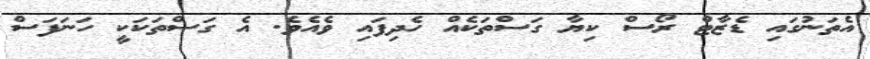
އެތަނުގައި ޑެޒާޓް ރޯސް ކިޔާ ގަސްތަކެއް ހެދިފައި ވެއެވެ. އެ ގަސްތަކަކީ ހަނަފަސް